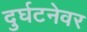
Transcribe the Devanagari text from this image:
दुर्घटनेवर